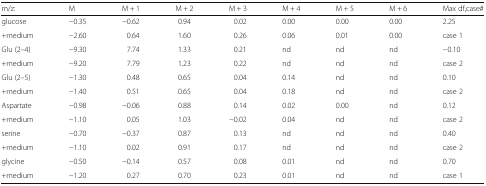
| m/z: | M | M + 1 | M + 2 | M + 3 | M + 4 | M + 5 | M + 6 | Max df,case# |
 | --- | --- | --- | --- | --- | --- | --- | --- | --- |
 | glucose | −0.35 | −0.62 | 0.94 | 0.02 | 0.00 | 0.00 | 0.00 | 2.25 |
 | +medium | −2.60 | 0.64 | 1.60 | 0.26 | 0.06 | 0.01 | 0.00 | case 1 |
 | Glu (2–4) | −9.30 | 7.74 | 1.33 | 0.21 | nd | nd | nd | −0.10 |
 | +medium | −9.20 | 7.79 | 1.23 | 0.22 | nd | nd | nd | case 2 |
 | Glu (2–5) | −1.30 | 0.48 | 0.65 | 0.04 | 0.14 | nd | nd | 0.10 |
 | +medium | −1.40 | 0.51 | 0.65 | 0.04 | 0.18 | nd | nd | case 2 |
 | Aspartate | −0.98 | −0.06 | 0.88 | 0.14 | 0.02 | 0.00 | nd | 0.12 |
 | +medium | −1.10 | 0.05 | 1.03 | −0.02 | 0.04 | nd | nd | case 2 |
 | serine | −0.70 | −0.37 | 0.87 | 0.13 | nd | nd | nd | 0.40 |
 | +medium | −1.10 | 0.02 | 0.91 | 0.17 | nd | nd | nd | case 2 |
 | glycine | −0.50 | −0.14 | 0.57 | 0.08 | 0.01 | nd | nd | 0.70 |
 | +medium | −1.20 | 0.27 | 0.70 | 0.23 | 0.01 | nd | nd | case 1 |